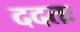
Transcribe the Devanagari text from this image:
ददतः